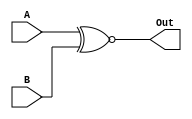
module xnor2(A, B, Out);
input A, B;
output Out;

assign Out = A ~^ B;

endmodule